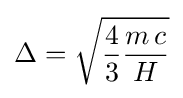
\Delta ={\sqrt {{\frac {4}{3}}{\frac {m\,c}{H}}}}